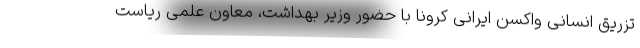
تزریق انسانی واکسن ایرانی کرونا با حضور وزیر بهداشت، معاون علمی ریاست